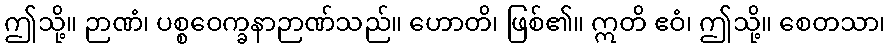
ဤသို့။ ဉာဏံ၊ ပစ္စဝေက္ခနာဉာဏ်သည်။ ဟောတိ၊ ဖြစ်၏။ ဣတိ ဧဝံ၊ ဤသို့။ စေတသာ၊